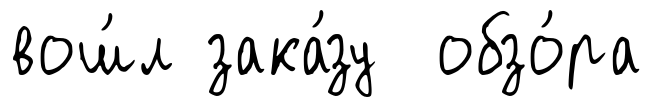
вош́л зака́зу обзо́ра